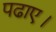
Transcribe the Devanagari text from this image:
पढाए।